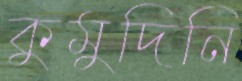
কুমুদিনি